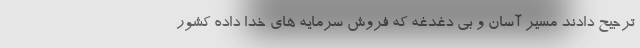
ترجیح دادند مسیر آسان و بی دغدغه که فروش سرمایه های خدا داده کشور